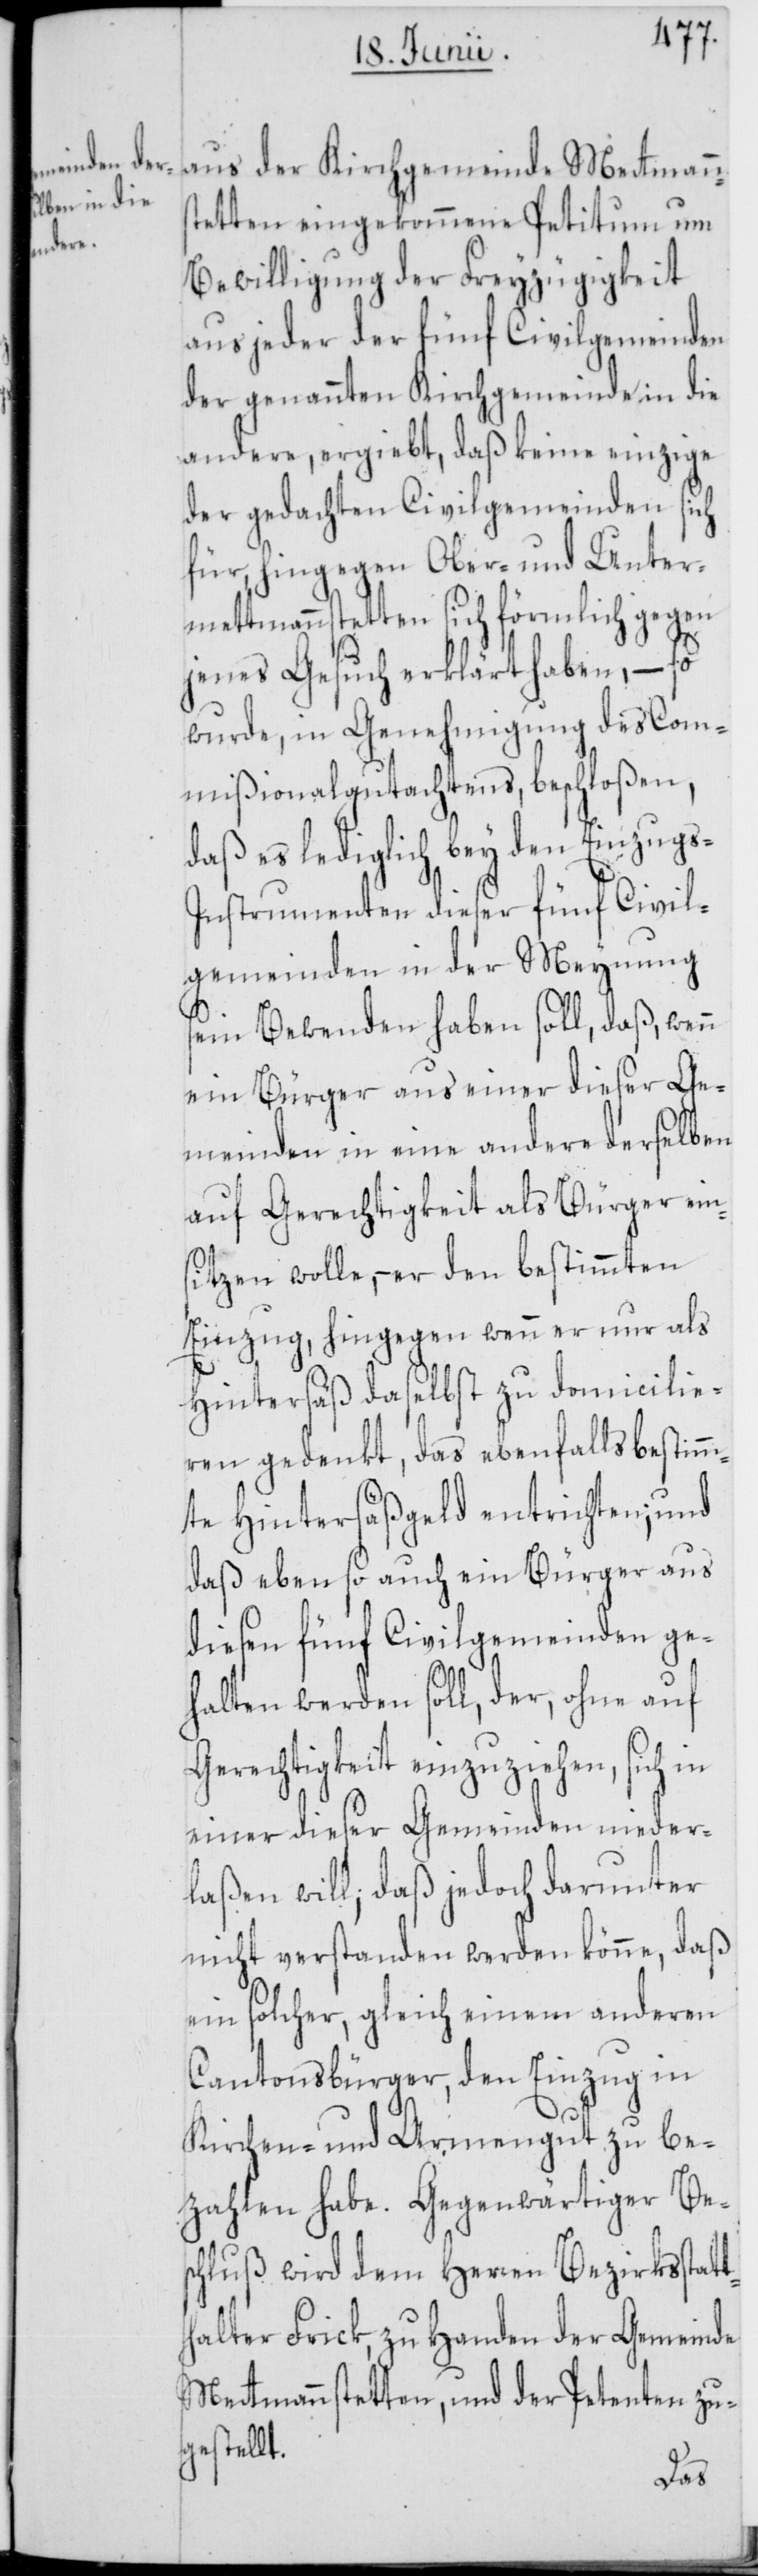
aus der Kirchgemeinde Mettmann¬
stetten eingekommene Petitum um
Bewilligung der Freyzügigkeit
aus jeder der fünf Civilgemeinden
der genannten Kirchgemeinde in die
andere, ergiebt, daß keine einzige
der gedachten Civilgemeinden sich
für, hingegen Ober- und Unter¬
mettmannstetten sich förmlich gegen
jenes Gesuch erklärt haben, – so
wurde, in Genehmigung des Com¬
mißionalgutachtens, beschloßen,
daß es lediglich bey den Einzugs-I¬
nstrumenten dieser fünf Civil¬
gemeinden in der Meynung
sein Bewenden haben soll, daß, wenn
ein Bürger aus einer dieser Ge¬
meinden in eine andere derselben
auf Gerechtigkeit als Bürger ein¬
sitzen wolle, – er den bestimmten
Einzug, hingegen wenn er nur als
Hintersäß daselbst zu domicilie¬
ren gedenkt, das ebenfalls bestimm¬
te Hintersäßgeld entrichten; und
daß eben so auch ein Bürger aus
diesen fünf Civilgemeinden ge¬
halten werden soll, der, ohne auf
Gerechtigkeit einzuziehen, sich in
einer dieser Gemeinden nieder¬
laßen will; daß jedoch darunter
nicht verstanden werden könne, daß
ein solcher, gleich einem anderen
Cantonsbürger, den Einzug in
Kirchen- und Armengut zu be¬
zahlen habe. Gegenwärtiger Bes¬
chluß wird dem Herren Bezirksstat¬
thalter Frick, zu Handen der Gemeinde
Mettmannstetten, und der Petenten zu¬
gestellt.